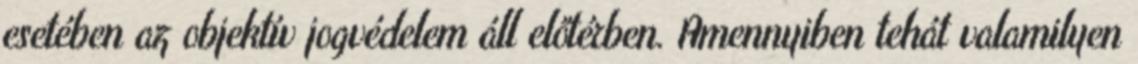
esetében az objektív jogvédelem áll előtérben. Amennyiben tehát valamilyen